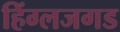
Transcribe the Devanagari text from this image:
हिंग्लजगड